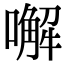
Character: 𠿇